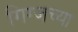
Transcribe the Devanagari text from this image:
गिग्जच्या